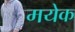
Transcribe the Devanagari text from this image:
मयेक